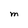
Character: M